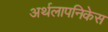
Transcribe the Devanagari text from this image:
अर्थलापनिकेस